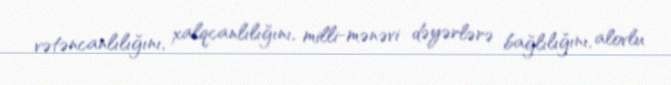
vətəncanlılığını, xalqcanlılığını, milli-mənəvi dəyərlərə bağlılığını, alovlu